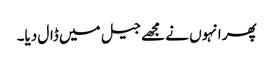
پھر انہوں نے مجھے جیل میں ڈال دیا۔